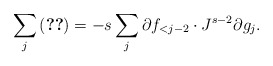
\begin{align*} \sum_j \eqref{921_e1b} = -s \sum_{j} \partial f_{<j-2} \cdot J^{s-2} \partial g_j. \end{align*}